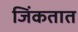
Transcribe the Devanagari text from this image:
जिंकतात